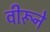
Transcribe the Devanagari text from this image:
वीरूने